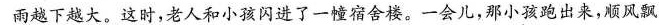
雨越下越大。这时，老人和小孩闪进了一幢宿舍楼。一会儿，那小孩跑出来，顺风飘